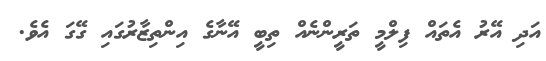
އަދި އޭރު އެތައް ފިލްމީ ތަރީންނެއް ތިބީ އޭނާގެ އިންތިޒާރުގައި ގޭގަ އެވެ.